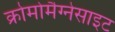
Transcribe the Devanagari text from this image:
क्रोमोमैग्‍नेसाइट